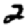
Digit: 2